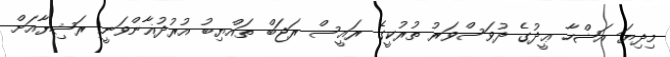
މިދިޔަ އަޟްހާ ޢީދުގެ ދުވަސްވަރު ތުރުކީގެ ރައީސް ރަޖަބް ތައްޔިބު އުރުދުޣާންވަނީ ރަޝިޔާއަށް